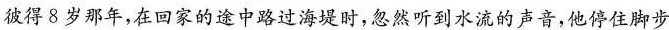
彼得8岁那年，在回家的途中路过海堤时，忽然听到水流的声音，他停住脚步